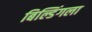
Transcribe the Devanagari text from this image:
बिल्डिंगला